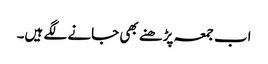
اب جمعہ پڑھنے بھی جانے لگے ہیں۔